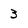
Character: 3